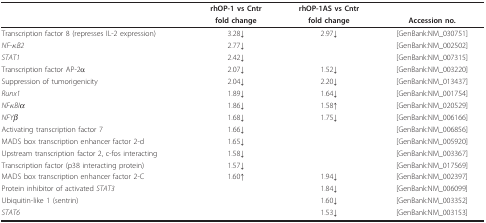
|  | rhOP-1 vs Cntr | rhOP-1AS vs Cntr |  |
 |  | fold change | fold change | Accession no. |
 | --- | --- | --- | --- |
 | Transcription factor 8 (represses IL-2 expression) | 3.28↓ | 2.97↓ | [GenBank:NM_030751] |
 | NF-κB2 | 2.77↓ |  | [GenBank:NM_002502] |
 | STAT1 | 2.42↓ |  | [GenBank:NM_007315] |
 | Transcription factor AP-2α | 2.07↓ | 1.52↓ | [GenBank:NM_003220] |
 | Suppression of tumorigenicity | 2.04↓ | 2.20↓ | [GenBank:NM_013437] |
 | Runx1 | 1.89↓ | 1.64↓ | [GenBank:NM_001754] |
 | NFκBIα | 1.86↓ | 1.58↑ | [GenBank:NM_020529] |
 | NFYβ | 1.68↓ | 1.75↓ | [GenBank:NM_006166] |
 | Activating transcription factor 7 | 1.66↓ |  | [GenBank:NM_006856] |
 | MADS box transcription enhancer factor 2-d | 1.65↓ |  | [GenBank:NM_005920] |
 | Upstream transcription factor 2, c-fos interacting | 1.58↓ |  | [GenBank:NM_003367] |
 | Transcription factor (p38 interacting protein) | 1.57↓ |  | [GenBank:NM_017569] |
 | MADS box transcription enhancer factor 2-C | 1.60↑ | 1.94↓ | [GenBank:NM_002397] |
 | Protein inhibitor of activated STAT3 |  | 1.84↓ | [GenBank:NM_006099] |
 | Ubiquitin-like 1 (sentrin) |  | 1.60↓ | [GenBank:NM_003352] |
 | STAT6 |  | 1.53↓ | [GenBank:NM_003153] |